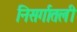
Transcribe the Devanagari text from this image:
निसर्गातली